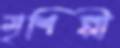
মৃশিল্পী